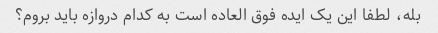
بله، لطفا این یک ایده فوق العاده است به کدام دروازه باید بروم؟